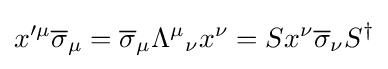
x^{\prime \mu }{\overline {\sigma }}_{\mu }={\overline {\sigma }}_{\mu }{\Lambda ^{\mu }}_{\nu }x^{\nu }=Sx^{\nu }{\overline {\sigma }}_{\nu }S^{\dagger }